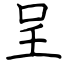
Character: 呈